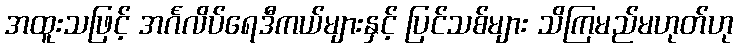
အထူးသဖြင့် အင်္ဂလိပ်ရေဒီကယ်များနှင့် ပြင်သစ်များ သိကြမည်မဟုတ်ဟု